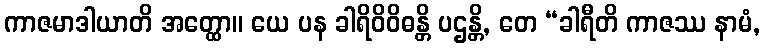
ကာဇမာဒါယာတိ အတ္ထော။ ယေ ပန ခါရိဝိဝိဓန္တိ ပဌန္တိ, တေ “ခါရီတိ ကာဇဿ နာမံ,